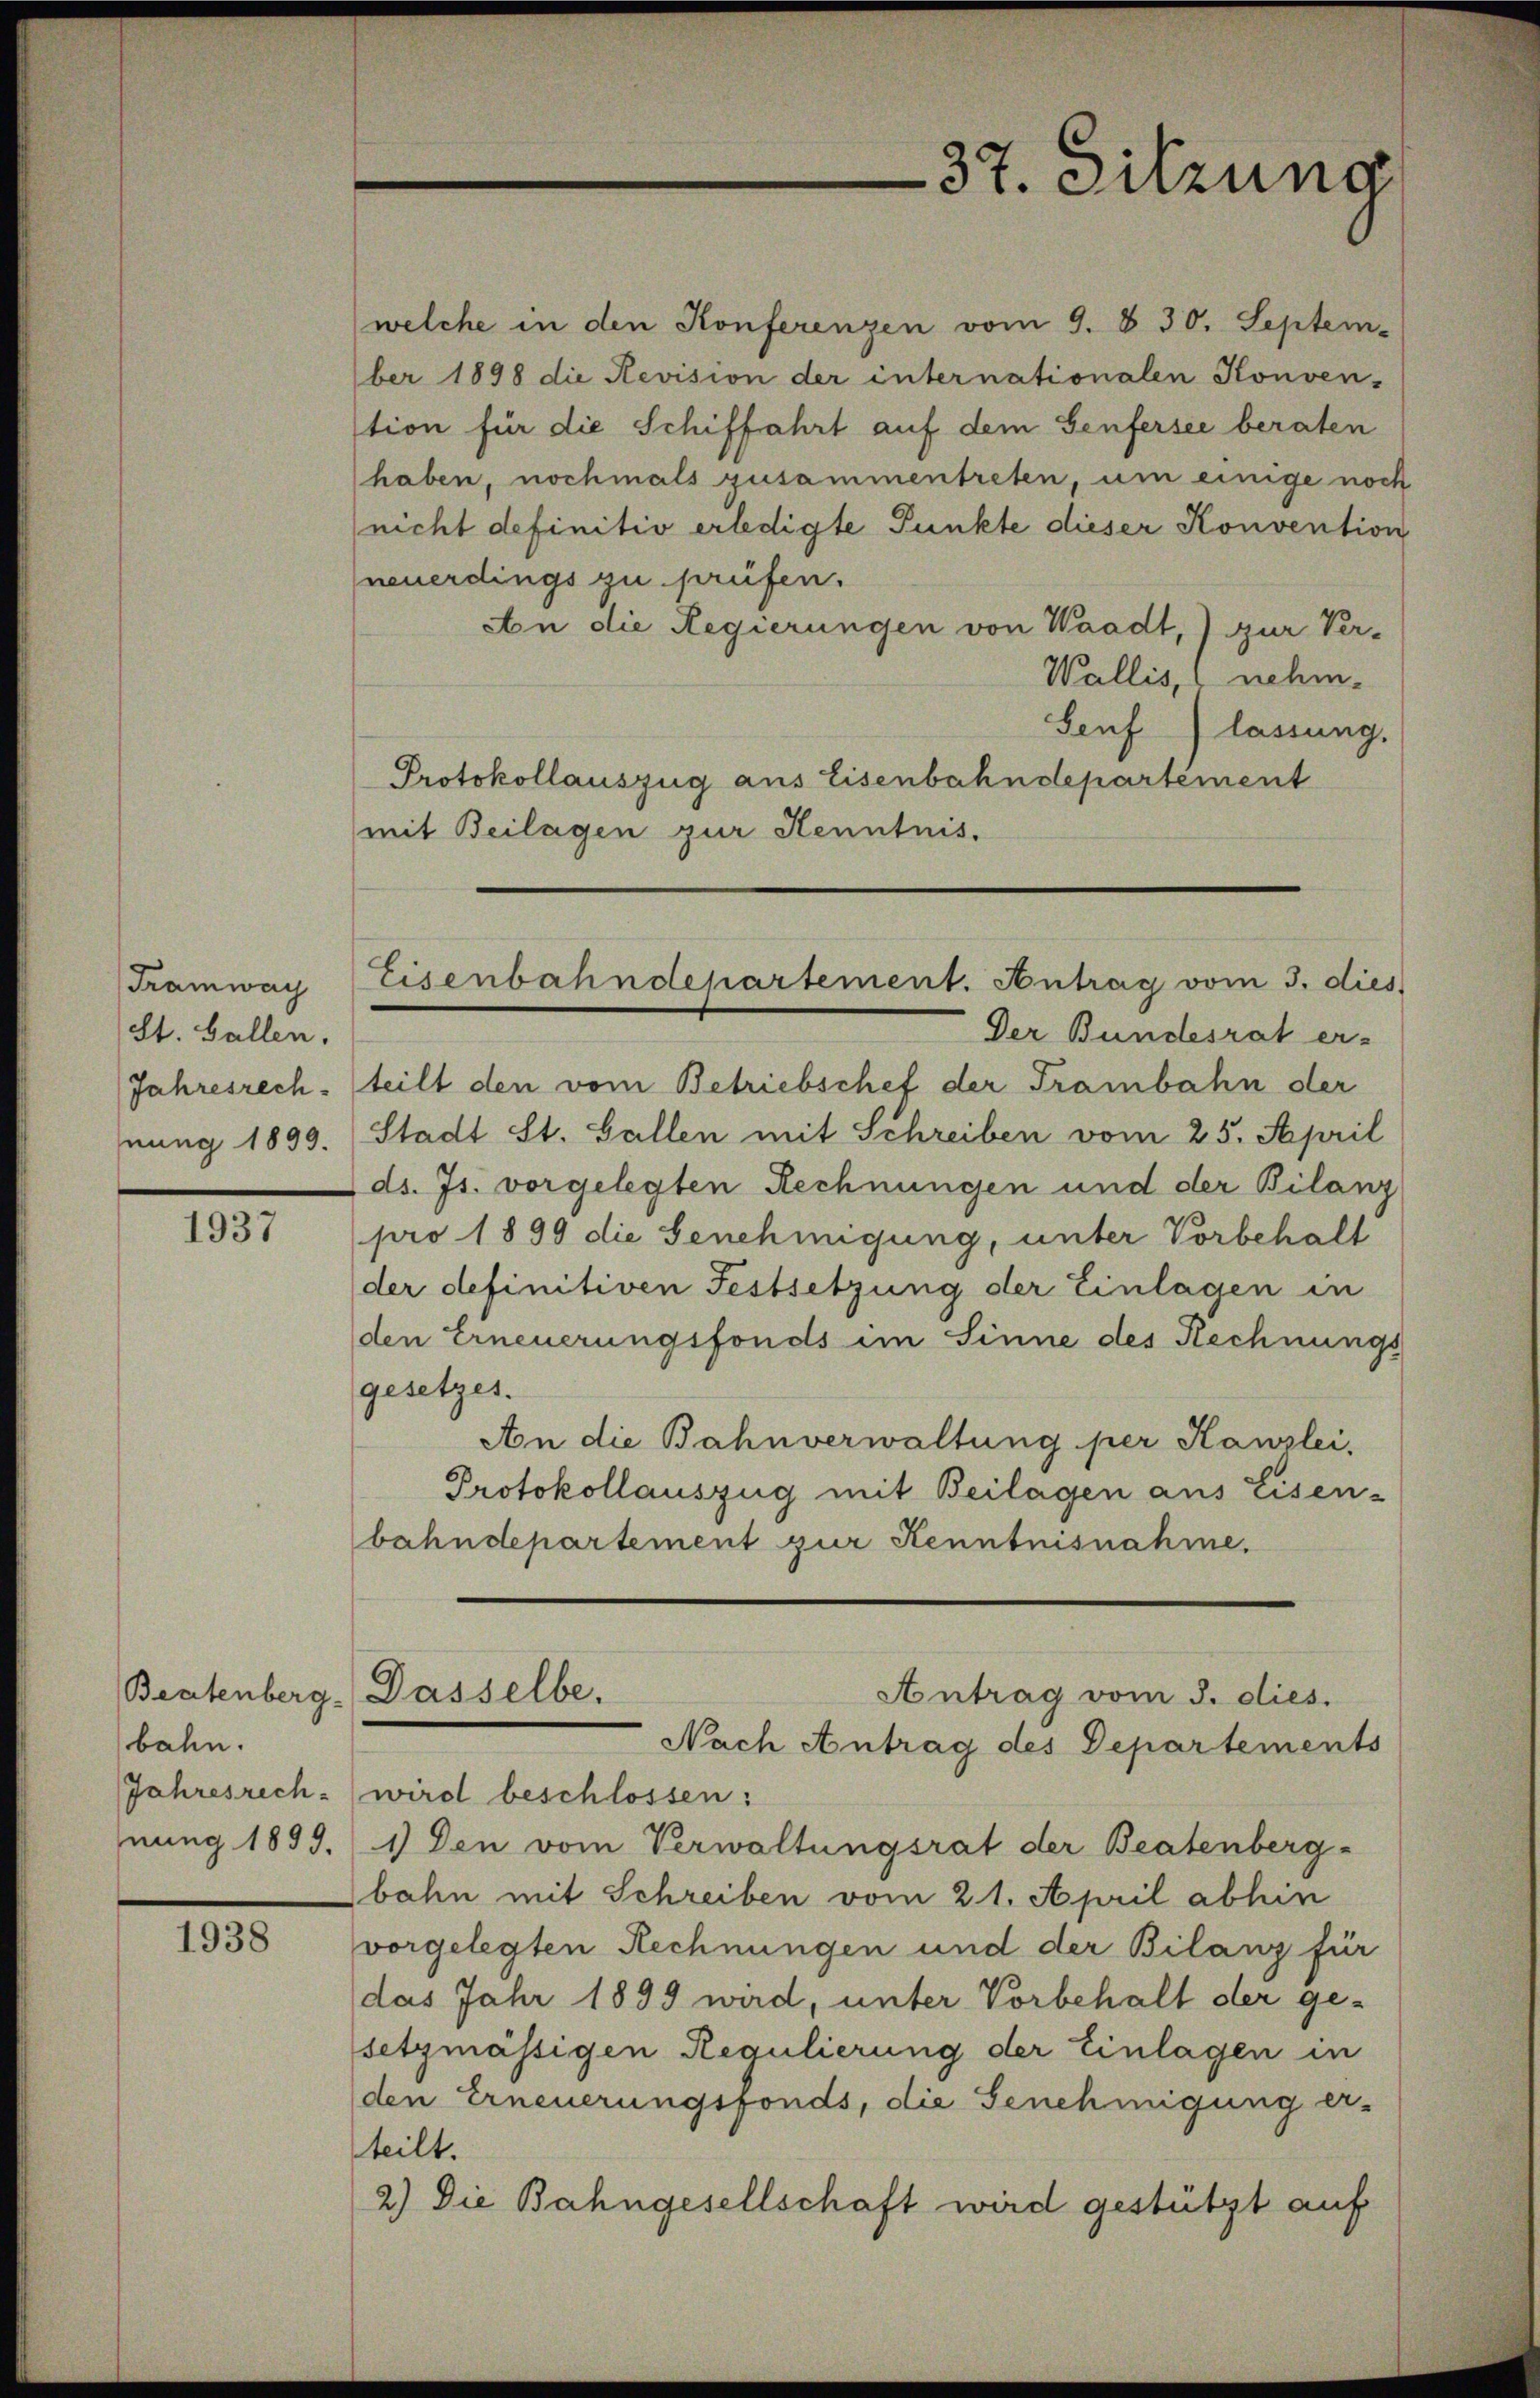
Tramway
St. Gallen.
Jahresrech
nung 1899.

1937

Beatenberg.
bahn.
Jahresrech
nung 1899.

1938

welche in den Konferenzen vom 9. d. 30. Septem-
ber 1898 die Revision der internationalen Konven-
tion für die Schiffahrt auf dem Genfersee beraten
haben, nochmals gusammentreten, um einige noch
nicht definitiv erledigte Punkte dieser Konvention
neuerdings zu prüfen.
An die Regierungen von Waadt, zur Ver¬
Wallis, nehm
Seuf) lassung.
Protokollauszug aus Eisenbahndepartement
mit Beilagen zur Kenntnis.
Der Bundesrat er-
teilt den vom Betriebschef der Trambahn der
Stadt St. Gallen mit Schreiben vom 25. April
ds. Js. vorgelegten Rechnungen und der Bilanz
pro 1899 die Genehmigung, unter Vorbehalt
der definitiven Festsetzung der Einlagen in
den Erneuerungsfonds im Sinne des Rechnungs
gesetzes.
Aon die Bahnverwaltung per Kanzlei,
Protokollauszug mit Beilagen aus Eisen-
bahndepartement zur Kenntnisnahme.
Dasselbe.
Antrag vom 3. dies.
Nach Antrag des Departements
wird beschlossen:
1) Den vom Verwaltungsrat der Beatenberg-
bahn mit Schreiben vom 21. April abhin
vorgelegten Rechnungen und der Bilanz für
das Jahr 1899 wird, unter Vorbehalt der ge-
setzmässigen Regulierung der Einlagen in
den Erneuerungsfonds, die Genehmigung er-
teilt.
2.) Die Bahngesellschaft wird gestützt auf

37. Sitzung

Eisenbahndepartement. Antrag vom 3. dies